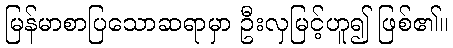
မြန်မာစာပြသောဆရာမှာ ဦးလှမြင့်ဟူ၍ ဖြစ်၏။